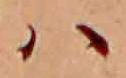
ハ